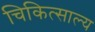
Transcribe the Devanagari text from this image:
चिकित्साल्य